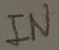
Text: IN